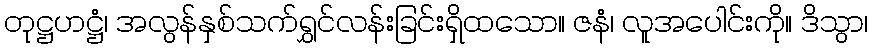
တုဋ္ဌဟဋ္ဌံ၊ အလွန်နှစ်သက်ရွှင်လန်းခြင်းရှိထသော။ ဇနံ၊ လူအပေါင်းကို။ ဒိသွာ၊